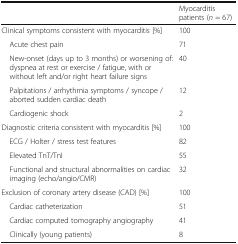
<table><thead><tr><td></td><td><b>Myocarditis patients (<i>n</i> = 67)</b></td></tr></thead><tbody><tr><td>Clinical symptoms consistent with myocarditis [%]</td><td>100</td></tr><tr><td> Acute chest pain</td><td>71</td></tr><tr><td> New-onset (days up to 3 months) or worsening of: dyspnea at rest or exercise / fatigue, with or without left and/or right heart failure signs</td><td>40</td></tr><tr><td> Palpitations / arrhythmia symptoms / syncope / aborted sudden cardiac death</td><td>12</td></tr><tr><td> Cardiogenic shock</td><td>2</td></tr><tr><td>Diagnostic criteria consistent with myocarditis [%]</td><td>100</td></tr><tr><td> ECG / Holter / stress test features</td><td>82</td></tr><tr><td> Elevated TnT/TnI</td><td>55</td></tr><tr><td> Functional and structural abnormalities on cardiac imaging (echo/angio/CMR)</td><td>32</td></tr><tr><td>Exclusion of coronary artery disease (CAD) [%]</td><td>100</td></tr><tr><td> Cardiac catheterization</td><td>51</td></tr><tr><td> Cardiac computed tomography angiography</td><td>41</td></tr><tr><td> Clinically (young patients)</td><td>8</td></tr></tbody></table>